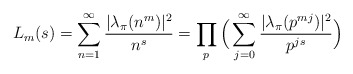
\begin{align*}L_m(s)=\sum_{n=1}^{\infty}\frac{|\lambda_\pi(n^m)|^2}{n^s}=\prod_{p} \Big(\sum_{j=0}^{\infty} \frac{|\lambda_\pi(p^{mj})|^2}{p^{js}} \Big)\end{align*}